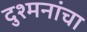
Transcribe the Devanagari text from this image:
दुश्मनांचा